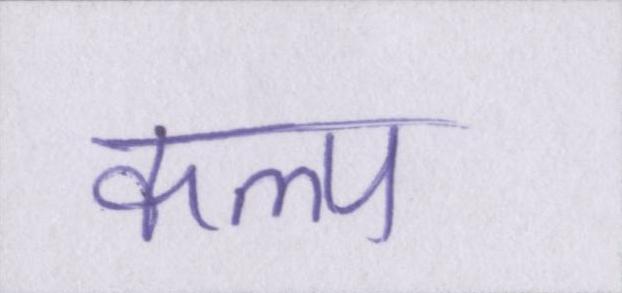
कल्प